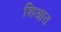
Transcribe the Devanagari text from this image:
शिआत